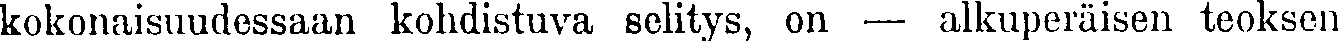
kokonaisuudessaan kohdistuva selitys, on — alkuperäisen teoksen